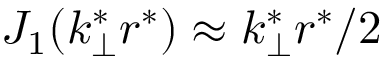
J _ { 1 } ( k _ { \perp } ^ { * } r ^ { * } ) \approx k _ { \perp } ^ { * } r ^ { * } / 2